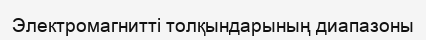
Электромагнитті толқындарының диапазоны